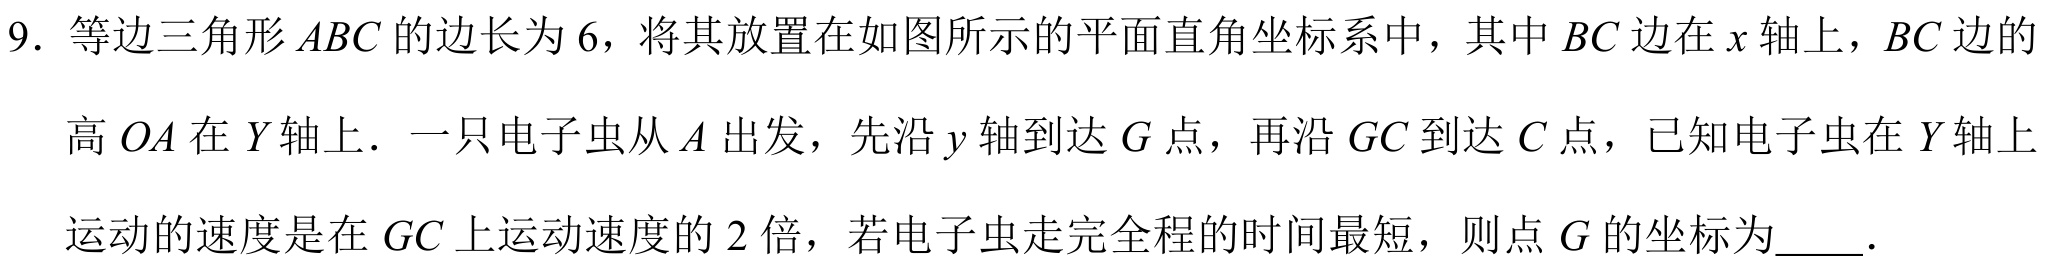
9. 等边三角形\(ABC\)的边长为\(6\)，将其放置在如图所示的平面直角坐标系中，其中\(BC\)边在\(x\)轴上，\(BC\)边的
高\(OA\)在\(Y\)轴上．一只电子虫从\(A\)出发，先沿\(y\)轴到达\(G\)点，再沿\(GC\)到达\(C\)点，已知电子虫在\(Y\)轴上
运动的速度是在\(GC\)上运动速度的\(2\)倍，若电子虫走完全程的时间最短，则点\(G\)的坐标为  ．